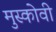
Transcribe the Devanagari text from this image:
मुस्कोवी